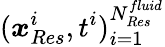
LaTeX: (\boldsymbol{x}_{Res}^{i},t^{i})_{i=1}^{N_{Res}^{fluid}}